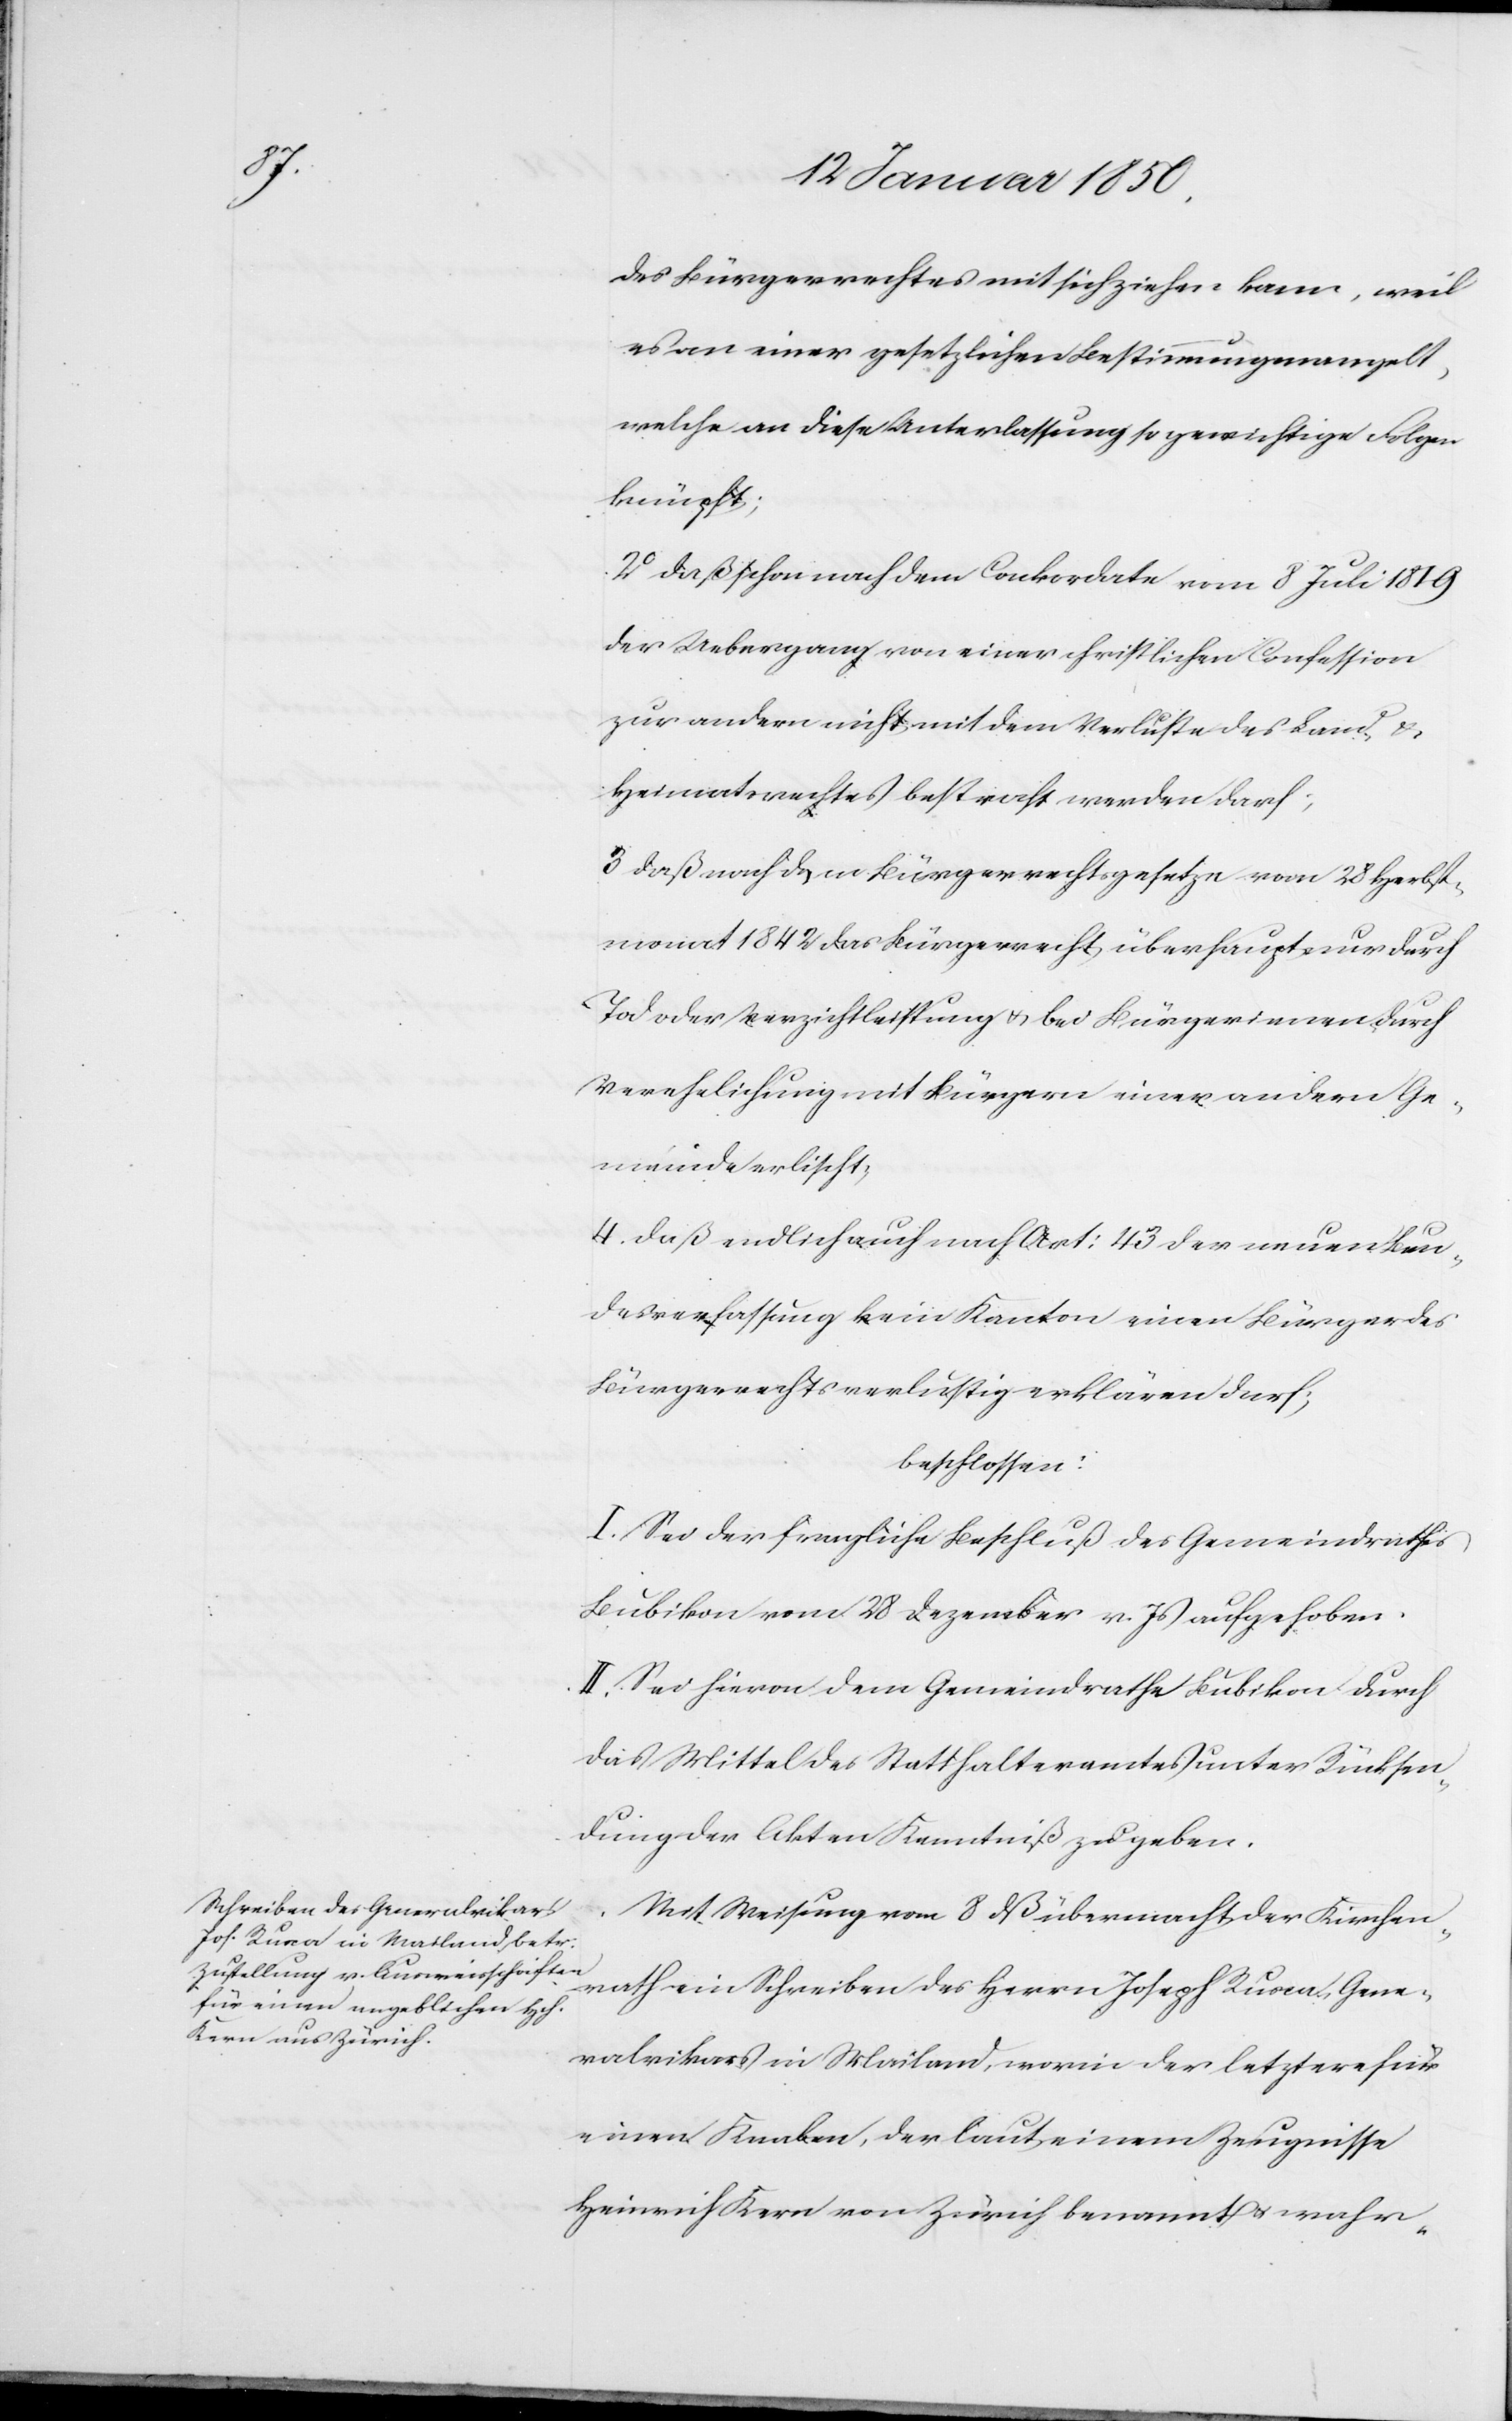
des Bürgerrechts mit sich ziehen kann, weil
es an einer gesetzlichen Bestimmung mangelt,
welche an diese Unterlassung so gewichtige Folgen
knüpft;
2. daß schon nach dem Conkordate vom 8 Juli 1819
der Uebergang von einer christlichen Confession
zur andern nicht mit dem Verluste des Land- u.
Heimatrechtes bestraft werden darf;
3. daß nach dem Bürgerrechtsgesetze vom 28 Herbst¬
monat 1842 das Bürgerrecht überhaupt nur durch
Tod oder Verzichtleistung u. bei Bürgerinnen durch
Verehelichung mit Bürgern einer andern Ge¬
meinde erlischt,
4. daß endlich auch nach Art: 43 der neuen Bun¬
desverfassung kein Kanton einen Bürger des
Bürgerrechts verlustig erklären darf;
beschlossen:
I. Sei der fragliche Beschluß des Gemeindrathes
Bubikon vom 28 Dezember v. Js aufgehoben.
II. Sei hievon dem Gemeindrathe Bubikon durch
das Mittel des Statthalteramtes unter Rücksen¬
dung der Akten Kenntniß zu geben.
Mit Weisung vom 8 dß übermacht der Kirchen¬
rath ein Schreiben des Herrn Joseph Rusca, Gene¬
ralvikars in Mailand, worin der letztere für
einen Knaben, der laut einem Zeugnisse
Heinrich Kern von Zürich benannt u. wahr-